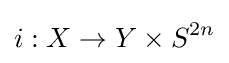
i:X\to Y\times S^{2n}